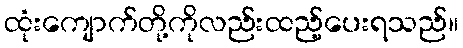
ထုံးကျောက်တို့ကိုလည်းထည့်ပေးရသည်။